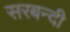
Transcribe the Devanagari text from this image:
सरबन्दी